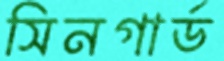
সিনগার্ড